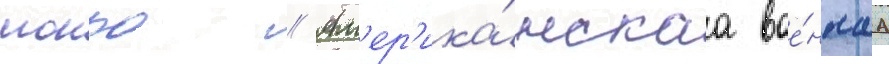
монро // Ам'ер'ика́нскаа вое́ннаа